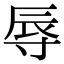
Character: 辱